Tezpur Lunatic Asylum reports 1877-1894 - 1877-1894
Year: 1877
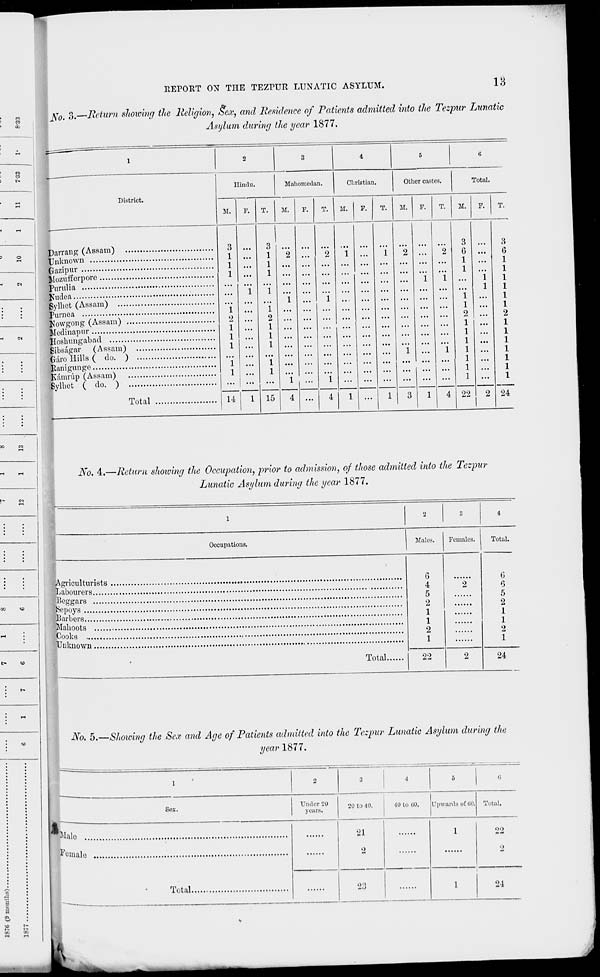
REPORT ON THE TIZPTTR LUNATIC ASYLUM.
13
~
i
eo
•
fl
fio. 3.—Return shoxcing the Religion, Sex, and Residence of Patients admitted into the Tezpur Lunatic
Asylum during the year 1877.
<
-
s
o
«
e^
•
\
-
(N
•
;
•
-
•
:
I
2
3
4
5
G
District.
Hindu.
Mahometan.
i
Christian.
Other castes.
Total.
M.
F.
T.
M.
p.
T.
M.
F.
T.
M.
F.
T.
M. F. T.
3
1
1
1
"i
2
1
1
1
"i
1
14
"i
l
3
1
1
1
"i
i
2
l
l
l
"i
l
"i
i
"i
...
2
"i
"i
i
...
"i
1
"2
"i
3
"i
...
"2
"i
"i
3
G
1
1
"i
1
2
1
1
1
1
1
1
1
"i
1
3
6
Bylbct (Assam)
Jfowgong (Assam)
Craro Hills ( do. )
Svlhet ( do. }
Total
15
4 ...
4
l ...
1
4 22
2 24
No. 4.—Return showing the Occupation, prior to admission, of those admitted into the Tezpur
Lunatic Asylum during the year 1877.
1
2
3
4
Occupations.
Males.
Females.
Total.
6
4
5
2
1
1
2
1
2
G
6
5
2
Barbers
1
1
Cooks
,
2
1
Total
22
2
24
No. 5.—Showing the Sex and Age of Patients admitted into the Tezpur Lunatic Asylum during the
year 1877.
1
2
3
■1
5
0
Sex.
Under 20
years.
20 to 40.
40 to tiO.
Upwards of 60, Total.
Male
21
2
1
°2
female
2
Total
23
1
24